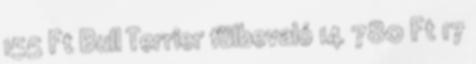
155 Ft Bull Terrier fülbevaló 14 780 Ft 17